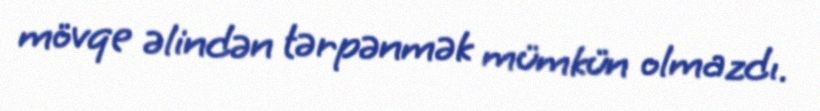
mövqe əlindən tərpənmək mümkün olmazdı.